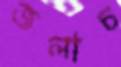
জলাচ